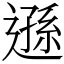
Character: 遜